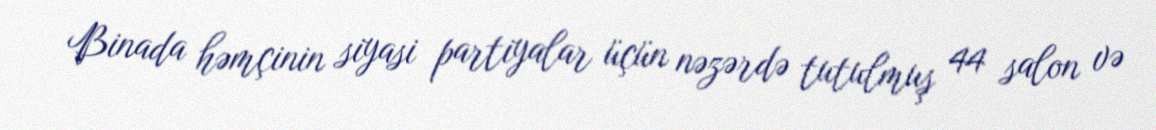
Binada həmçinin siyasi partiyalar üçün nəzərdə tutulmuş 44 salon və